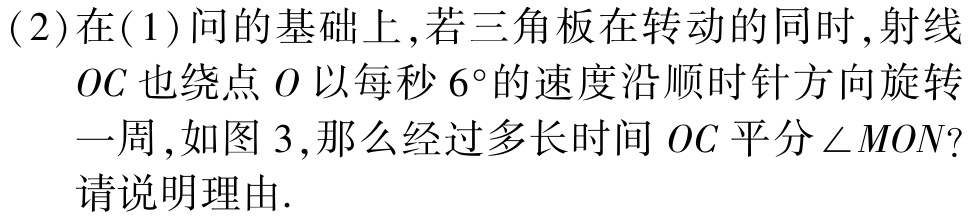
(2)在(1)问的基础上,若三角板在转动的同时,射线

$OC$也绕点$O$以每秒$6^{\circ}$的速度沿顺时针方向旋转

一周,如图3,那么经过多长时间$OC$平分$\angle MON$?

请说明理由.